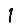
Digit: 1